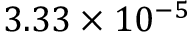
3 . 3 3 \times 1 0 ^ { - 5 }